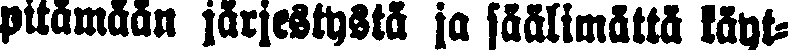
pitämään järjestystä ja säälimättä täyt-